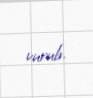
vurub.